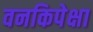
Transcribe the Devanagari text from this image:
वनकिपेक्षा